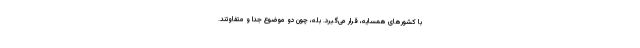
با کشورهای همسایه، قرار می‌گیرد. بله، چون دو موضوع جدا و متفاوتند.